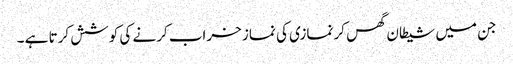
جن میں شیطان گھس کر نمازی کی نماز خراب کرنے کی کوشش کرتا ہے ۔